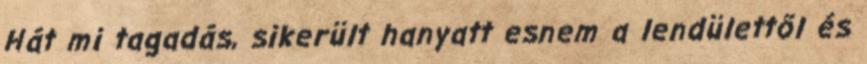
Hát mi tagadás, sikerült hanyatt esnem a lendülettől és